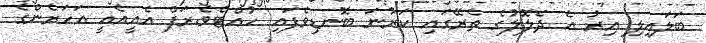
ބަލައިލި އިރު އެ ދެލޮލުގެ ތެރޭގައި ކަރުނަ ބޮނޑިވެފައި ހުއްޓެވެ.ރަފް އެއީއެއީ އަހަރެންގެ